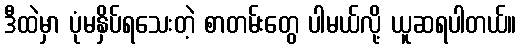
ဒီထဲမှာ ပုံမနှိပ်ရသေးတဲ့ စာတမ်းတွေ ပါမယ်လို့ ယူဆရပါတယ်။